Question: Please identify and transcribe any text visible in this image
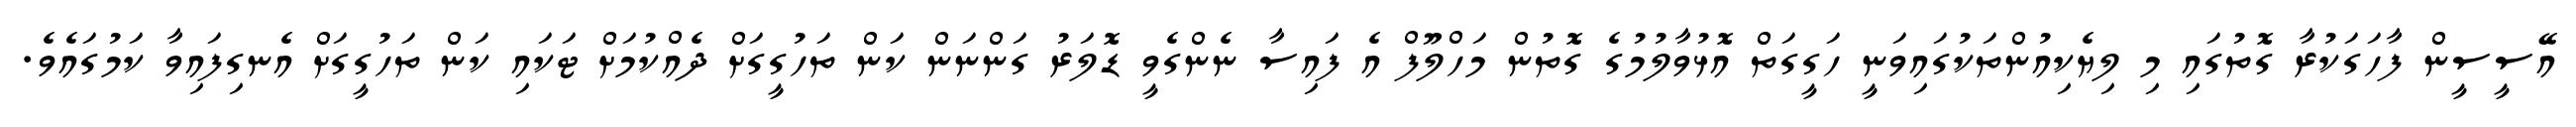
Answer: އޭސީސީން ފާހަގަކުރާ ގޮތުގައި މި ލިޔެކިއުންތަކުގައިވަނީ ހަގީގަތް އޮޅުވާލުމުގެ ގޮތުން މަހްލޫފް އެ ފައިސާ ނެންގެވީ ޑޮލަރު ގަންނަން ކަން ތަހުގީގަށް ދެއްކުމަށް ޓަކައި ކަން ތަހުގީގަށް އެނގިފައިވާ ކަމުގައެވެ.